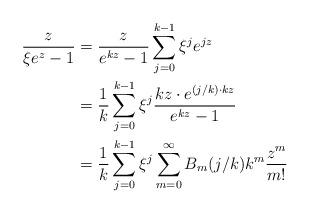
LaTeX: \begin{align*} \frac{z}{\xi e^z - 1} & = \frac{z }{e^{k z}-1} \sum_{j=0}^{k-1} \xi^{j} e^{j z} \\ & = \frac{1}k \sum_{j=0}^{k-1} \xi^{j} \frac{ k z \cdot e^{(j/k) \cdot kz} }{e^{k z}-1}\\ & = \frac{1}k \sum_{j=0}^{k-1} \xi^{j} \sum_{m=0}^\infty B_m(j/k)k^m \frac{z^m}{m!}\end{align*}